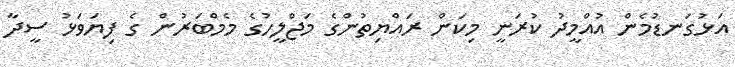
އަޅުގަނޑުމެން އުއްމީދު ކުރަނީ މިކަން ރައްޔިތުންގެ މަޖްލީހުގެ މެމްބަރުން ގެ ފިޔަވަޅު ސީދާ